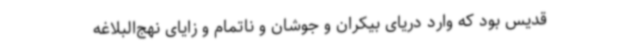
قدیس بود که وارد دریای بیکران و جوشان و ناتمام و زایای نهج‌البلاغه